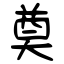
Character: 奠